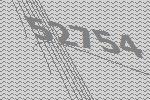
52754